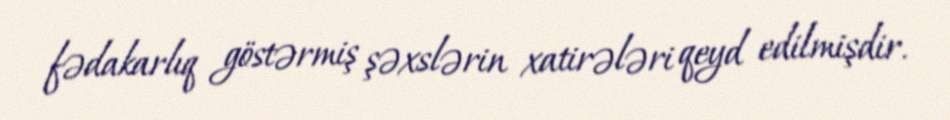
fədakarlıq göstərmiş şəxslərin xatirələri qeyd edilmişdir.